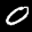
Label: 0